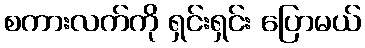
စကားလက်ကို ရှင်းရှင်း ပြောမယ်